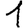
Digit: 1